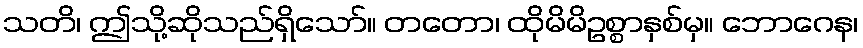
သတိ၊ ဤသို့ဆိုသည်ရှိသော်။ တတော၊ ထိုမိမိဥစ္စာနှစ်မှ။ ဘောဂေန၊